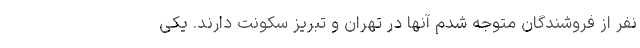
نفر از فروشندگان متوجه شدم آنها در تهران و تبریز سکونت دارند. یکی